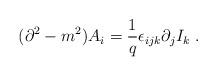
LaTeX: \begin{align*}(\partial ^{2}-m^{2})A_{i}=\frac{1}{q}\epsilon _{ijk}\partial _{j}I_{k}\;.\end{align*}